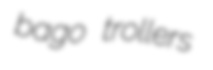
bago trollers